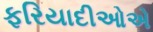
ફરિયાદીઓએ